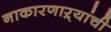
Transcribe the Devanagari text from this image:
नाकारणाऱ्यांची